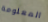
المعلومة